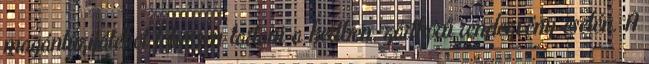
magántűzijátékot lehessen tartani a kertben, zártkörű rendezvény esetén. A